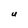
Character: U